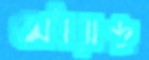
অধরচন্দ্র